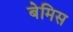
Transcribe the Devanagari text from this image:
बेमिस